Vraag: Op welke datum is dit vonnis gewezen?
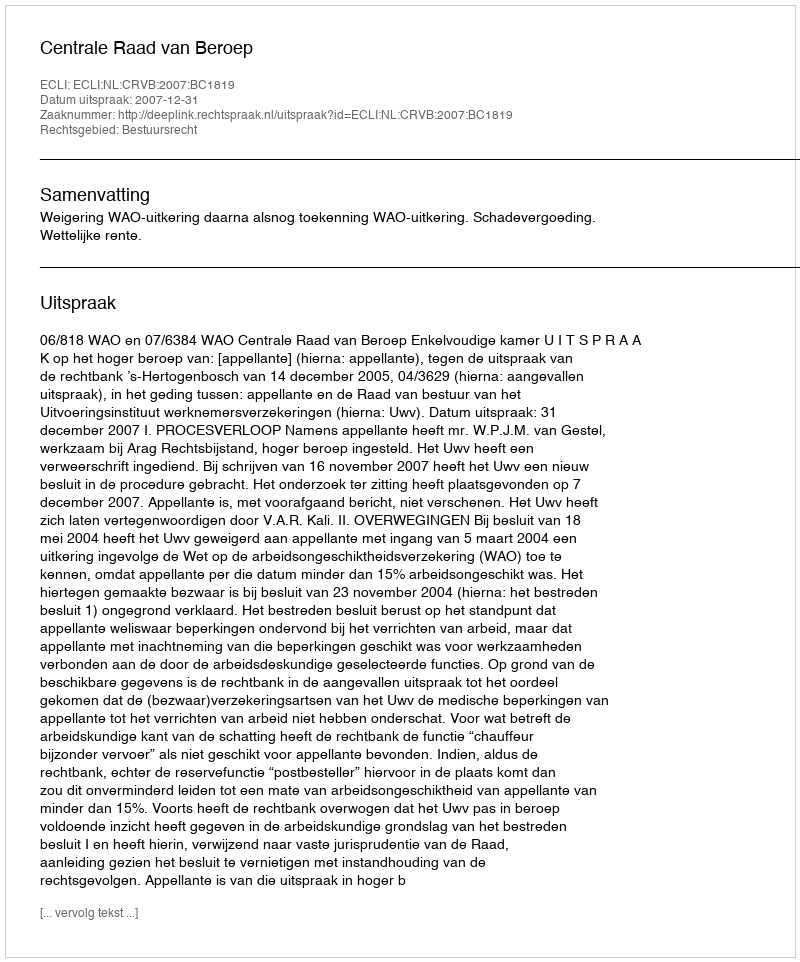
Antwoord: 2007-12-31